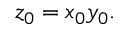
z _ { 0 } = x _ { 0 } y _ { 0 } .